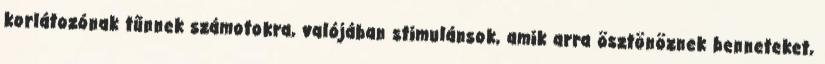
korlátozónak tűnnek számotokra, valójában stimulánsok, amik arra ösztönöznek benneteket,